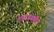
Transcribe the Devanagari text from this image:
शब्दप्रयोगीय